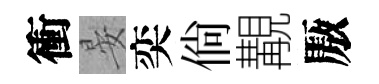
衝晏奕倘覯厫